Vaccination in Bombay 1889-1901 - 1889-1901
Year: 1889
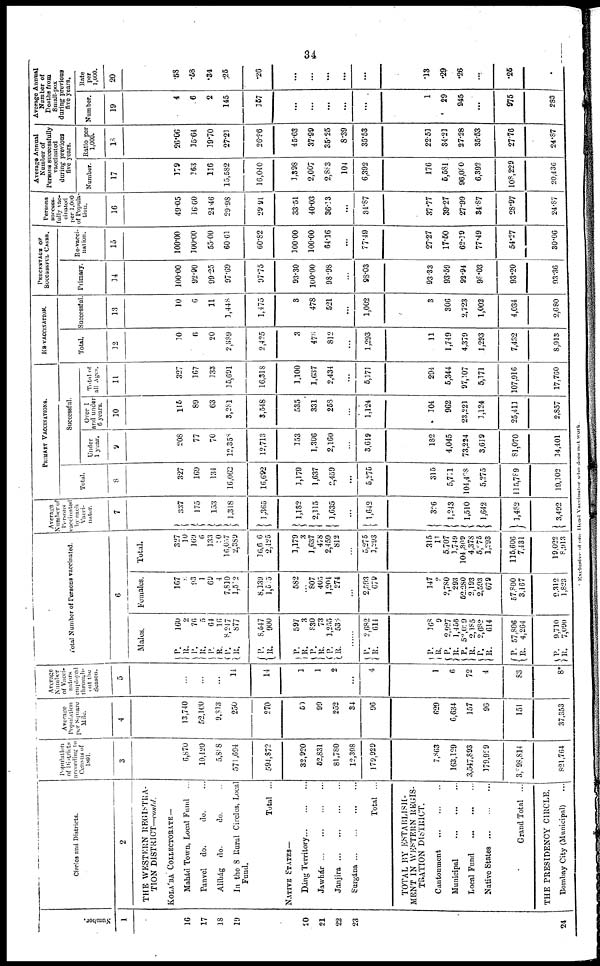
34
Number.
1
16
17
18
19
20
21
22
23
24
Circles and Districts.
2
THE WESTERN REGISTRA¬
TION DISTRICT—conld.
KOLÁBA COLLECTORATE —
Mahád Town, Local Fund ...
Panvel do.
do. ...
Alibág do.
do. ...
In the 8 Rural Clicks, Local
Fund.
Total ...
NATIVE STATES—
Dáng Territory
...
...
...
Jawhár
...
...
...
...
Janjira
...
...
...
...
Surgána
...
...
...
...
Total ...
TOTAL BY ESTABLISH-
MENT IN WESTERN REGIS¬
TRATION DISTRICT.
Cantonment
...
...
...
Municipal
...
...
...
Local Fund
...
...
...
Native States
...
...
...
Grand Total ...
THE PRESIDENCY CIRCLE.
Bombay City (Municipal) ...
Population
of Districts
according to
Census of
1891.
3
6,870
10,420
5,888
571,694
594,872
32,920
52,831
81,780
12,398
179,929
7,863
163,129
3,547,893
179,929
3,898,814
821,764
Average
Population
per Square
Mile.
4
13,740
52,100
9,813
250
270
50
99
252
34
96
629
6,634
157
96
151
37,353
Average
Number
of Vacci¬
nators
employed
through¬
out the
Season.
5
...
...
...
14
14
1
1
2
...
4
1
6
72
4
83
8*
Total Number of Porsons vaccinated.
6
Males.
P.
R.
P.
R. P.
R.
P.
R.
P.
R.
P.
R.
P.
R.
P.
R.
160
2
76
5
64
16
8,247
877
8,547
900
597
3
830
73
1,255
538
......
P.
R.
P.
R.
P. R.
P.
R.
P.
R.
P.
R.
2,682
614
168
9
2,927
1,456
52,029
2,185
2,682
614
57,806
4,264
P.
R.
9,710
7,090
Females.
167
8
93
1
69
4
7,810
1,512
8,139
1,505
582
...
807
405
1,204
274
...
2,593
679
147
2
2,780
293
52,280
2,193
2,593
679
57,800
3,167
9,312
1,823
Total.
327
10
169
6
133
20
16,057
2,389
16,606
2,425
3,179
3
1,637
478
2,459
812
...
5,275
1,293
315
11
5,707
1,749
104,309
4,378
5,275
1,293
115,606
7,431
19,022
8,913
Average
Number of
Persons
vaccinated
by each
Vacci¬
nator.
7
337
175
153
1,318
1,365
1,182
2,115
1,635
...
1,642
326
1,243
1,510
1,642
1,482
3,492
PRIMARY VACCINATIONS.
Total.
8
327
169
134
16,062
16,692
1,179
1,637
2,459
...
5,275
315
5,751
104,408
5,275
115,789
19,102
Successful.
Under
1 year.
9
208
77
70
12,358
12,713
153
1,306
2,160
...
3,619
182
4,045
73,224
3,619
81,070
14,401
Over 1
and under
6 years.
10
115
89
63
3,281
3,548
535
331
258
...
1,124
104
962
23,221
1,124
25,411
2,857
Total of
all Ages.
11
327
167
133
15,691
16,318
1,100
1,637
2,434
...
5,171
294
5,344
97,107
5,171
107,916
17,760
RE-VACCINATION.
Total.
12
10
6
20
2,389
2,425
3
478
812
...
1,293
11
1,749
4,379
1,293
7,432
8,913
Successful.
13
10
6
11
1,448
1,475
3
478
521
...
1,002
3
306
2,723
1,002
4,034
2,680
PERCENTAGE OF
SUCCESSFUL CASES.
Primary.
14
100.00
92.90
99.25
97.69
97.75
93.30
100.00
98.98
...
98.03
93.33
93.69
92.94
98.03
93.20
93.36
Re-vacci-
nation.
15
100.00
100.00
55.00
60.61
60.82
100.00
100.00
64.16
...
77.49
27.27
17.50
62.19
77.49
54.27
30.06
Persons
success-
fully vac-
cinated
per 1,000
of Popula-
tion.
16
49.05
16.60
24.46
29.98
29.91
33.51
40.03
36.13
...
34.87
37.77
39.27
27.99
34.87
28.97
24.87
Average Annual
Number of
Persons successfully
vaccinated
during previous
five years.
Number.
17
179
163
116
15,582
16,040
1,398
2,007
2,883
104
6,392
176
5,581
96,080
6,392
108,229
20,436
Ratio per
1,000.
18
26.06
15.64
19.70
27.21
26.96
45.63
37.99
35.25
8.39
35.53
22.51
34.21
27.28
35.53
27.76
24.87
Average Annual
Number of
Deaths from
Small-pox
during previous
five years.
Number.
19
4
6
2
145
157
...
...
...
...
...
1
29
945
...
975
283
Rate
per
1,000.
20
.58
.58
.34
.26
.26
...
...
...
...
...
.13
.29
.26
...
.26
...
* Exclusive of one Head Vaccinator who does not work.